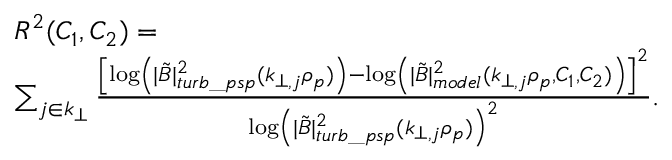
\begin{array} { r l } & { R ^ { 2 } ( C _ { 1 } , C _ { 2 } ) = } \\ & { \sum _ { j \in k _ { \perp } } \frac { \left[ \log \left( | \tilde { B } | _ { t u r b \_ p s p } ^ { 2 } ( k _ { \perp , j } \rho _ { p } ) \right) - \log \left( | \tilde { B } | _ { m o d e l } ^ { 2 } ( k _ { \perp , j } \rho _ { p } , C _ { 1 } , C _ { 2 } ) \right) \right] ^ { 2 } } { \log \left( | \tilde { B } | _ { t u r b \_ p s p } ^ { 2 } ( k _ { \perp , j } \rho _ { p } ) \right) ^ { 2 } } . } \end{array}